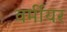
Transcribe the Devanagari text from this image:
वर्मीयर